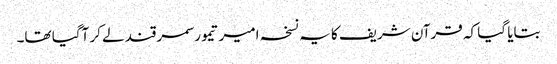
بتایا گیا کہ قرآن شریف کا یہ نسخہ امیر تیمور سمرقند لے کر آگیا تھا۔